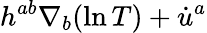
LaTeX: h^{ab}\nabla_{b}(\ln T)+\dot{u}^{a}